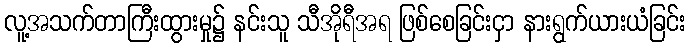
လူ့အသက်တာကြီးထွားမှု၌ နင်းသူ သီအိုရီအရ ဖြစ်စေခြင်းငှာ နားရွက်ယားယံခြင်း